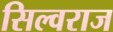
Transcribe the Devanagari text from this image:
सिल्वराज